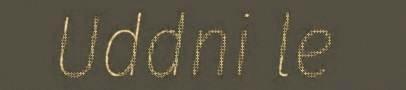
Uddni le